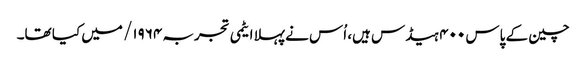
چین کے پاس ۴۰۰ ہیڈس ہیں، اُس نے پہلا ایٹمی تجربہ ۱۹۶۴/ میں کیا تھا۔